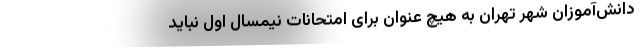
دانش‌آموزان شهر تهران به هیچ عنوان برای امتحانات نیمسال اول نباید